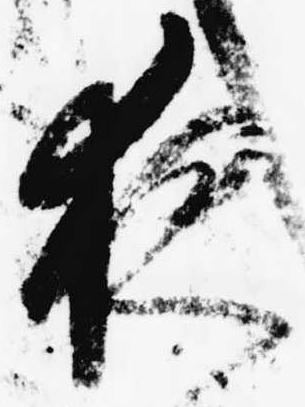
夜